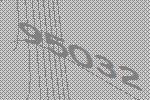
95032